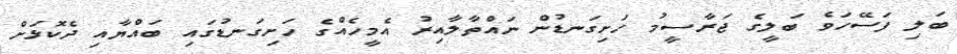
ބަލި ފަސޭހަވެ ބަލީގެ ޖަރާސީމު ހަށިގަނޑުން ނައްތާލާއިރު އެމީހެއްގެ ހަށިގަނޑުގައި ބައްޔާއި ދެކޮޅަށް